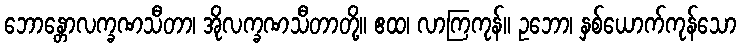
ဘောန္တောလက္ခဏသီတာ၊ အိုလက္ခဏသီတာတို့။ ဧထ၊ လာကြကုန်။ ဥဘော၊ နှစ်ယောက်ကုန်သော